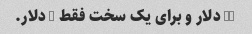
15 دلار و برای یک سخت فقط 6 دلار.